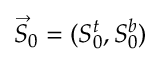
\vec { S } _ { 0 } = ( S _ { 0 } ^ { t } , S _ { 0 } ^ { b } )